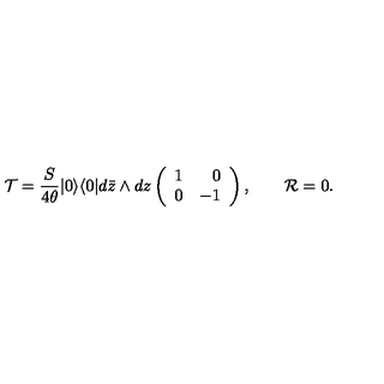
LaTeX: { \cal T } = \frac { S } { 4 \theta } | 0 \rangle \langle 0 | d \bar { z } \wedge d z \left( \begin{array} { r r } { 1 } & { 0 } \\ { 0 } & { - 1 } \\ \end{array} \right) , \qquad { \cal R } = 0 .